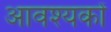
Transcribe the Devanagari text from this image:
आवश्यकों